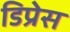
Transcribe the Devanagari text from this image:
डिप्रेस